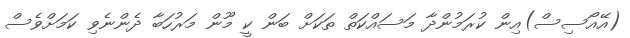
(އޭއޯސިސް)އިން ކުރަމުންދާ މަސައްކަތް ތަކަށް ބަން ކީ މޫން މަރުހަބާ ދެންނެވި ކަަމަށްވެސް